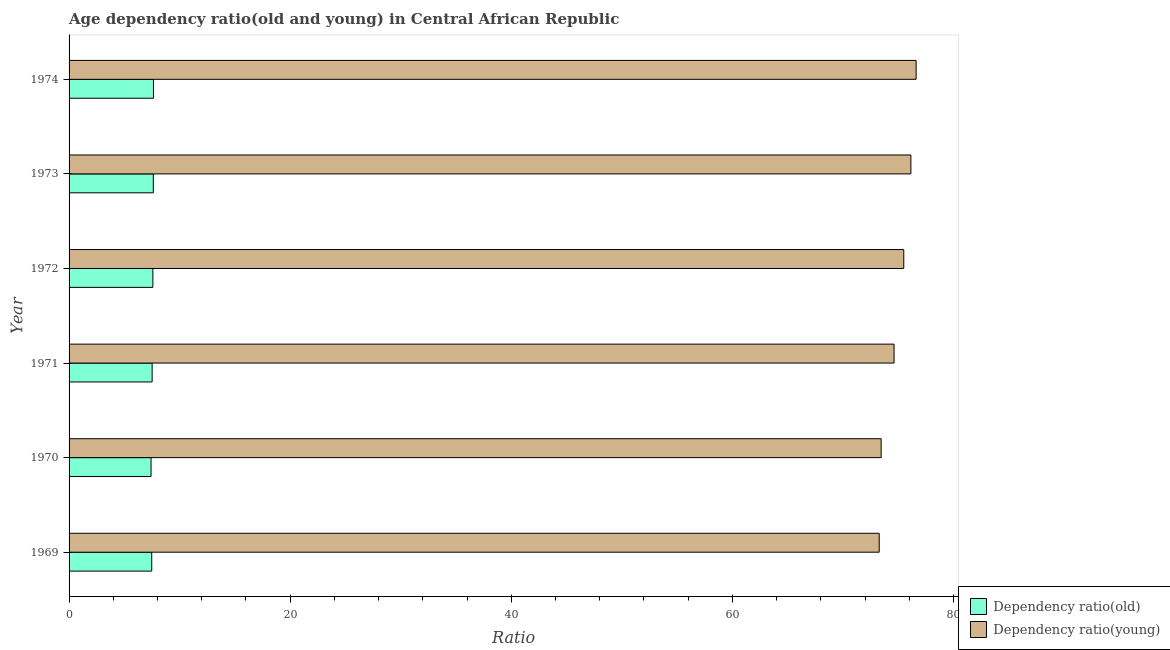
| Year | Dependency ratio(old) | Dependency ratio(young) |
 | --- | --- | --- |
 | 1969 | 7.48 | 73.3 |
 | 1970 | 7.41 | 73.5 |
 | 1971 | 7.51 | 74.6 |
 | 1972 | 7.58 | 75.5 |
 | 1973 | 7.62 | 76.1 |
 | 1974 | 7.63 | 76.6 |